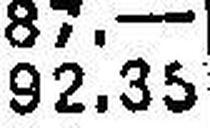
99.50